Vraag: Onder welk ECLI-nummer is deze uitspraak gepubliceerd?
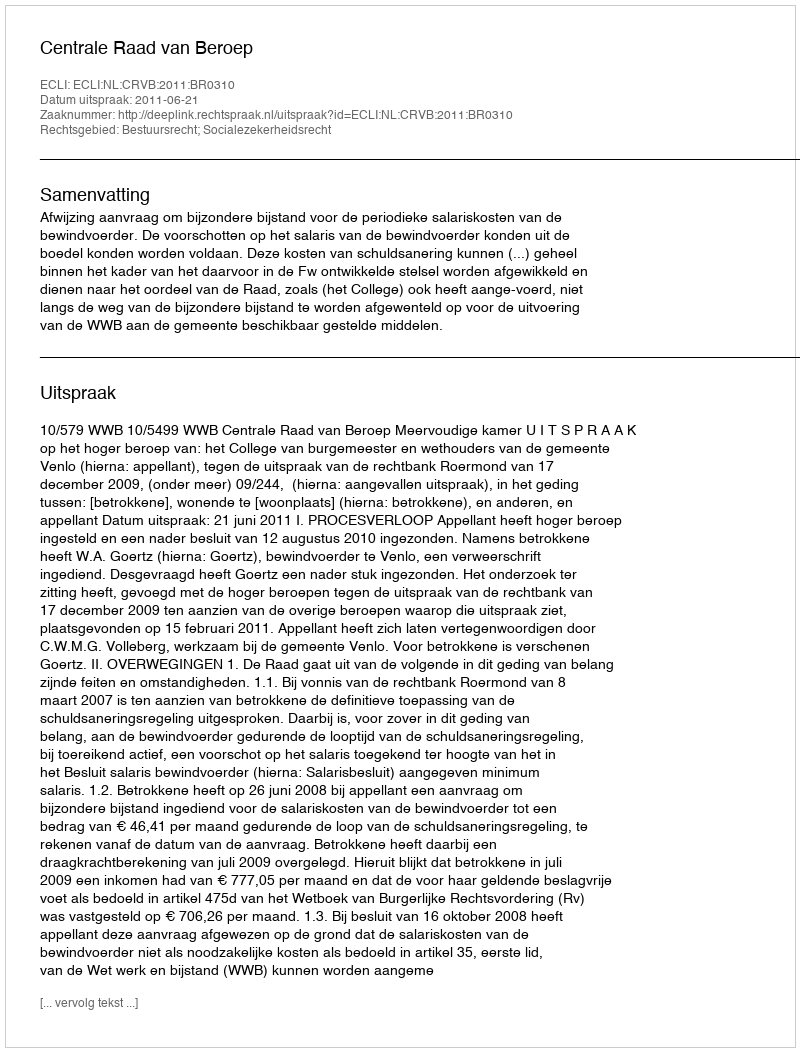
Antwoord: ECLI:NL:CRVB:2011:BR0310